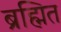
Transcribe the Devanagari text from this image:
ब्रह्मित